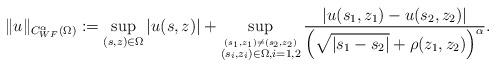
LaTeX: \begin{align*}\|u\|_{C^{\alpha}_{WF}(\Omega)} := \sup_{(s,z)\in\Omega} |u(s,z)| + \sup_{\stackrel{(s_1,z_1)\neq(s_2,z_2)}{(s_i,z_i)\in\Omega, i=1,2}} \frac{|u(s_1,z_1)-u(s_2,z_2)|}{\left(\sqrt{|s_1-s_2|}+\rho(z_1,z_2)\right)^{\alpha}}.\end{align*}